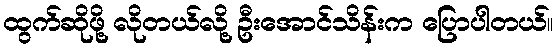
ထွက်ဆိုဖို့ လိုတယ်လို့ ဦးအောင်သိန်းက ပြောပါတယ်။